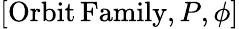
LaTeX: [\mathrm{Orbit\, Family},P,\phi]